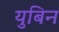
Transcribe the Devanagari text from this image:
युबिन